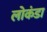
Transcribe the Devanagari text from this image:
लोकंडा